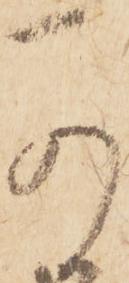
可